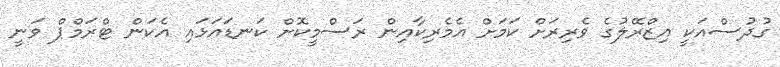
ގުދުސްއަކީ އިޒްރޭލުގެ ވެރިރަށް ކަމަށް އެމެރިކާއިން ރަސްމީކޮށް ކަނޑައަޅައި އެކަން ޓްރަމްޕް ވަނީ